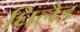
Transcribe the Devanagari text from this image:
घिलैड